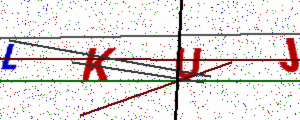
Text: LKUJ